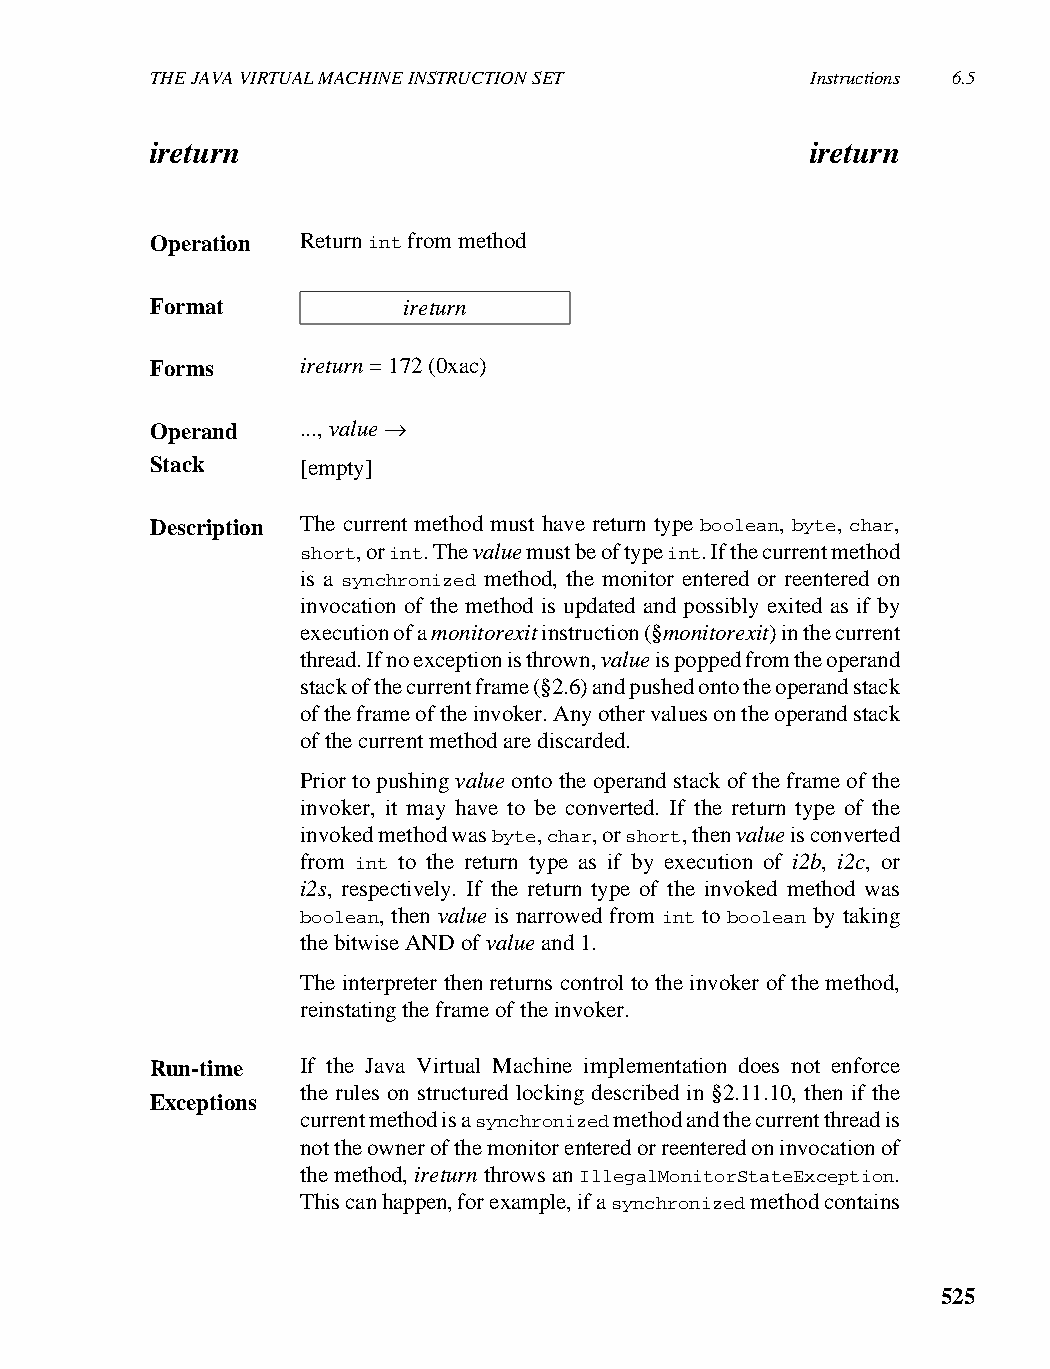
THE JAVA VIRTUAL MACHINE INSTRUCTION SET    Instructions 6.5
 ireturn                                     ireturn
 Operation Return int from method
 Format           ireturn
 Forms     ireturn = 172 (0xac)
 Operand   ..., value →
 Stack     [empty]
 Description The current method must have return type boolean, byte, char,
 short, or int. The value must be of type int. If the current method
 is a synchronized method, the monitor entered or reentered on
 invocation of the method is updated and possibly exited as if by
 execution of a monitorexit instruction (§monitorexit) in the current
 thread. If no exception is thrown, value is popped from the operand
 stack of the current frame (§2.6) and pushed onto the operand stack
 of the frame of the invoker. Any other values on the operand stack
 of the current method are discarded.
 Prior to pushing value onto the operand stack of the frame of the
 invoker, it may have to be converted. If the return type of the
 invoked method was byte, char, or short, then value is converted
 from int to the return type as if by execution of i2b, i2c, or
 i2s, respectively. If the return type of the invoked method was
 boolean, then value is narrowed from int to boolean by taking
 the bitwise AND of value and 1.
 The interpreter then returns control to the invoker of the method,
 reinstating the frame of the invoker.
 Run-time  If the Java Virtual Machine implementation does not enforce
 the rules on structured locking described in §2.11.10, then if the
 Exceptions
 current method is a synchronized method and the current thread is
 not the owner of the monitor entered or reentered on invocation of
 the method, ireturn throws an IllegalMonitorStateException.
 This can happen, for example, if a synchronized method contains
 525